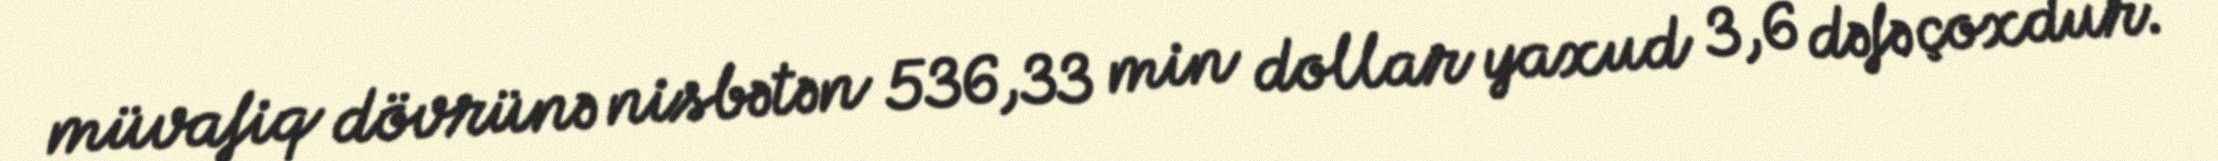
müvafiq dövrünə nisbətən 536,33 min dollar yaxud 3,6 dəfə çoxdur.